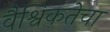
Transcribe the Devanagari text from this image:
वैश्विकतेचा